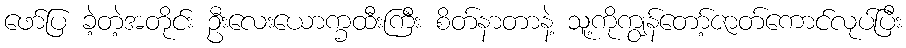
ဖော်ပြ ခဲ့တဲ့အတိုင်း ဦးလေးယောက္ခထီးကြီး စိတ်နာတာနဲ့ သူ့ကိုကျွန်တော့်ဇာတ်ကောင်လုပ်ပြီး